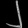
Digit: ၂